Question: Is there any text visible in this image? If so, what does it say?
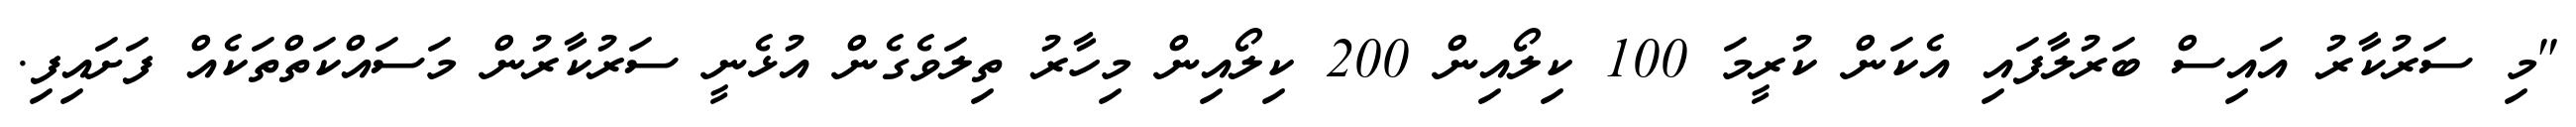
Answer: "މި ސަރުކާރު އައިސް ބަރުލާފައި އެކަން ކުރީމަ 100 ކިލޯއިން 200 ކިލޯއިން މިހާރު ތިލަވެގެން އުޅެނީ ސަރުކާރުން މަސައްކަތްތަކެއް ފަށައިފި.